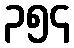
၃၅၄